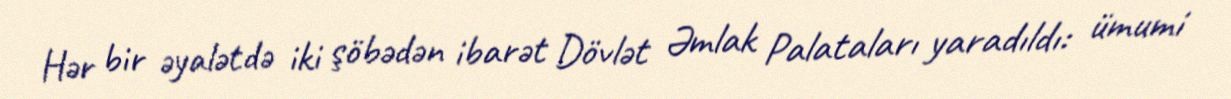
Hər bir əyalətdə iki şöbədən ibarət Dövlət Əmlak Palataları yaradıldı: ümumi